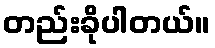
တည်းခိုပါတယ်။